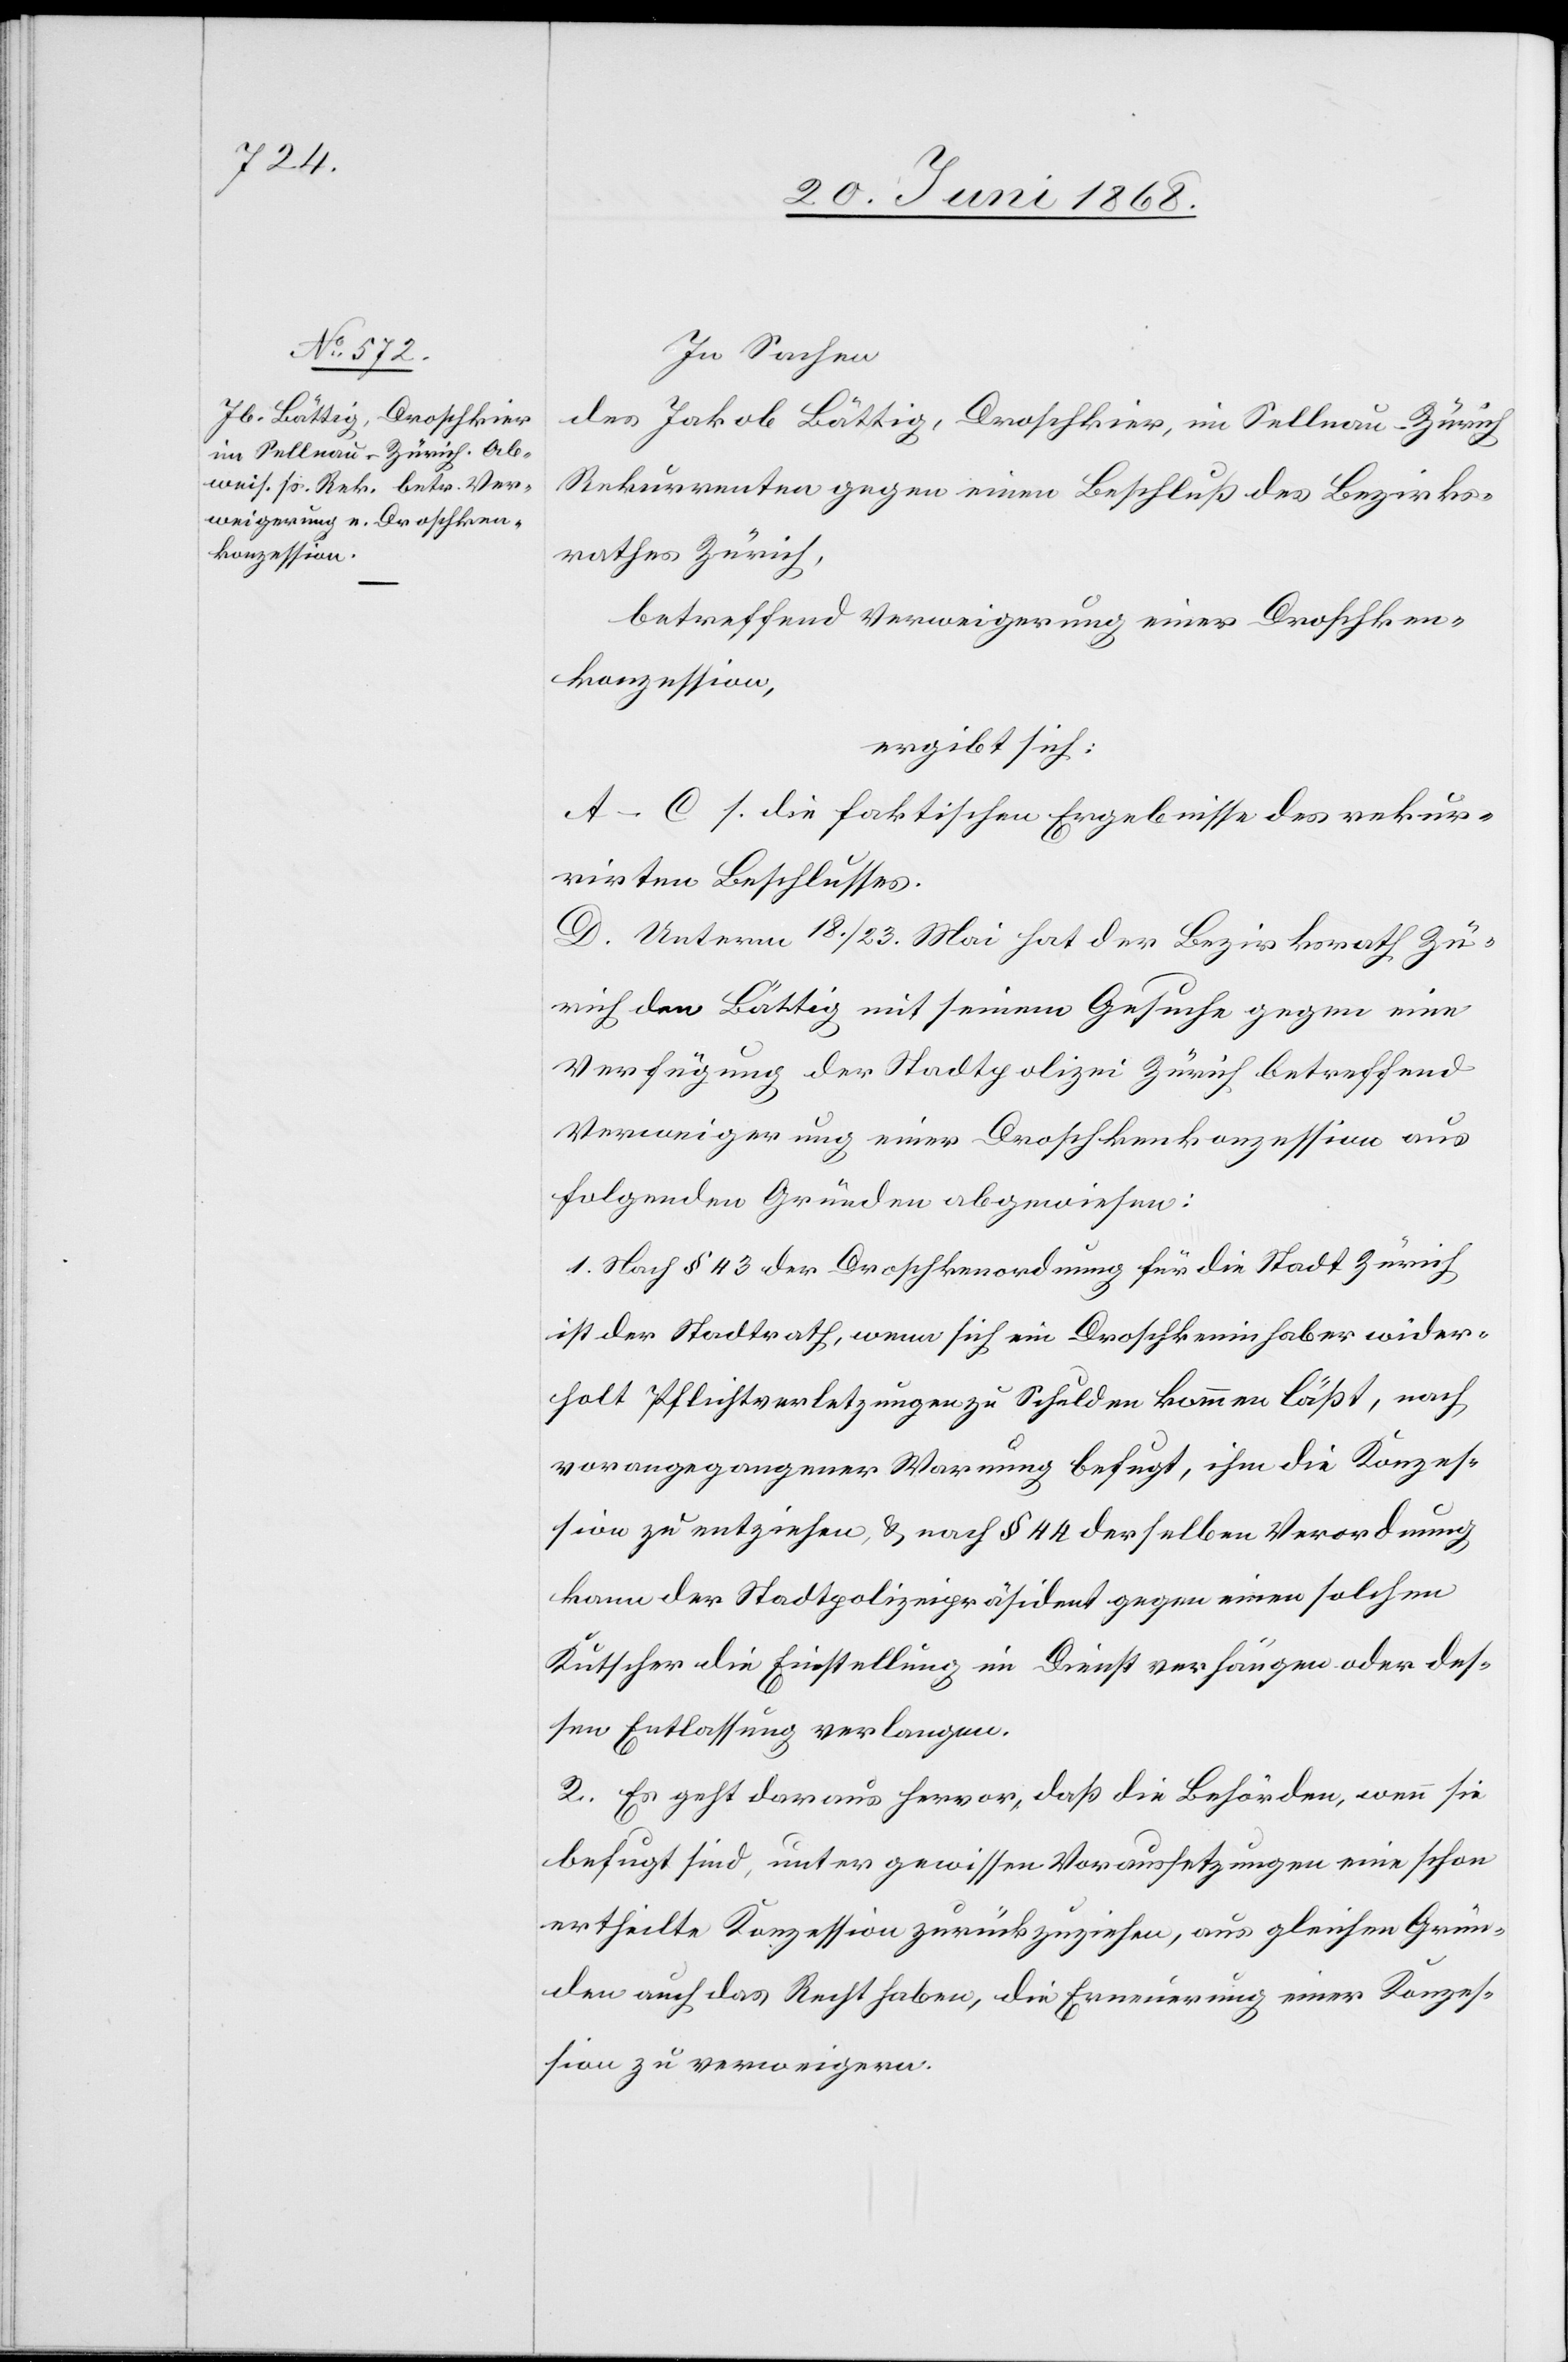
In Sachen
des Jakob Bättig, Droschkier, im Sellnau-Zürich
Rekurrenten gegen einen Beschluß des Bezirks¬
rathes Zürich,
betreffend Verweigerung einer Droschken¬
konzession,
ergibt sich:
A–C s. die faktischen Ergebnisse des rekur¬
rirten Beschlusses.
D. Unterm 18. / 23. Mai hat der Bezirksrath Zü¬
rich den Bättig mit seinem Gesuche gegen eine
Verfügung der Stadtpolizei Zürich betreffend
Verweigerung einer Droschkenkonzession aus
folgenden Gründen abgewiesen:
1. Nach § 43 der Droschkenordnung für die Stadt Zürich
ist der Stadtrath, wenn sich ein Droschkeninhaber wider¬
holt Pflichtverletzungen zu Schulden kommen läßt, nach
vorangegangener Warnung befugt, ihm die Konzes¬
sion zu entziehen, & nach § 44 derselben Verordnung
kann der Stadtpolizeipräsident gegen einen solchen
Kutscher die Einstellung im Dienst verhängen oder des¬
sen Entlassung verlangen.
2. Es geht daraus hervor, daß die Behörden, wenn sie
befugt sind, unter gewissen Voraussetzungen eine schon
ertheilte Konzession zurückzuziehen, aus gleichen Grün¬
den auch das Recht haben, die Erneuerung einer Konzes¬
sion zu verweigern.